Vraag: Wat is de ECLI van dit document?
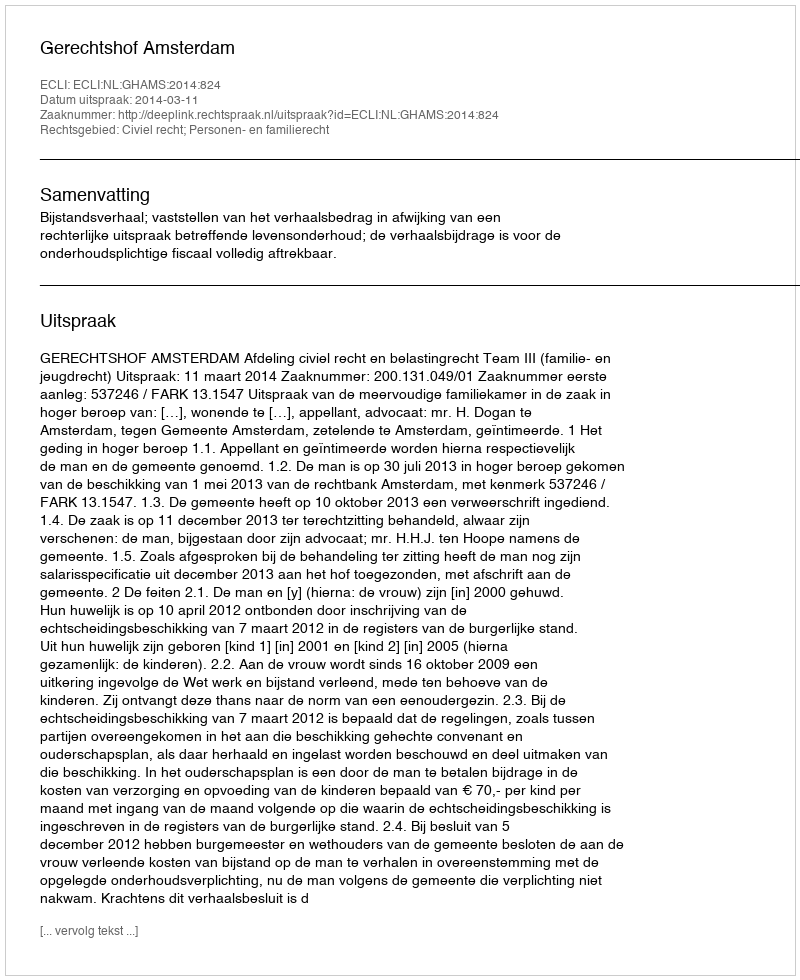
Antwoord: ECLI:NL:GHAMS:2014:824